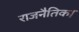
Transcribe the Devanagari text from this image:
राजनैतिक।